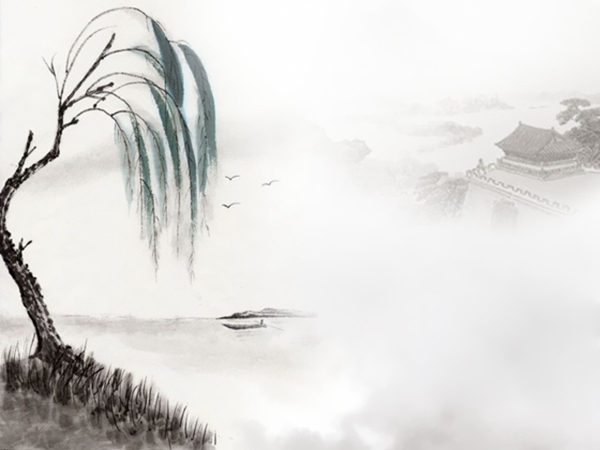
相逢处，自有暗尘随马。